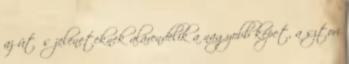
az ütős jeleneteknek alárendelik a nagyobb képet, a sztori